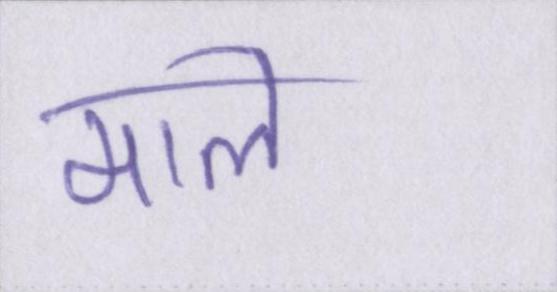
माले